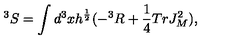
^ 3 S = \int d ^ { 3 } x h ^ { \frac { 1 } { 2 } } ( - ^ { 3 } R + \frac { 1 } { 4 } T r J _ { M } ^ { 2 } ) ,